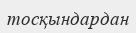
тосқындардан